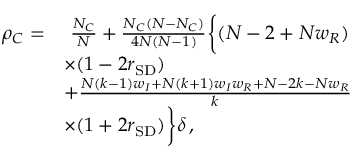
\begin{array} { r l } { \rho _ { C } = } & { ~ \frac { N _ { C } } { N } + \frac { N _ { C } ( N - N _ { C } ) } { 4 N ( N - 1 ) } \bigg \{ ( N - 2 + N w _ { R } ) } \\ & { \times ( 1 - 2 r _ { \mathrm { S D } } ) } \\ & { + \frac { N ( k - 1 ) w _ { I } + N ( k + 1 ) w _ { I } w _ { R } + N - 2 k - N w _ { R } } { k } } \\ & { \times ( 1 + 2 r _ { \mathrm { S D } } ) \bigg \} \delta \, , } \end{array}